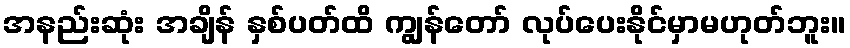
အနည်းဆုံး အချိန် နှစ်ပတ်ထိ ကျွန်တော် လုပ်ပေးနိုင်မှာမဟုတ်ဘူး။